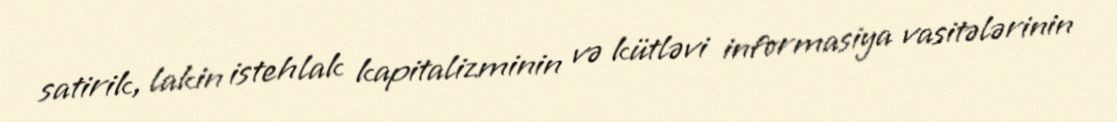
satirik, lakin istehlak kapitalizminin və kütləvi informasiya vasitələrinin